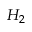
H _ { 2 }